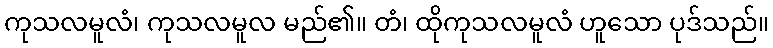
ကုသလမူလံ၊ ကုသလမူလ မည်၏။ တံ၊ ထိုကုသလမူလံ ဟူသော ပုဒ်သည်။